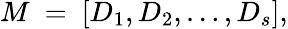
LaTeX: M\ =\ [D_{1},D_{2},\dots,D_{s}],